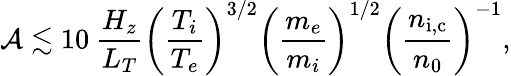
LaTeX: \mathcal{A}\lesssim 10\: \frac{H_{z}}{L_{T}}\left(\frac{T_{i}}{T_{e}}\right)^{3/2}\left(\frac{m_{e}}{m_{i}}\right)^{1/2}\left(\frac{n_{\mathrm{i,c}}}{n_{0}}\right)^{-1},